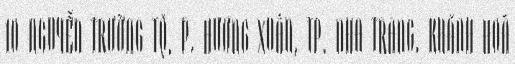
10 NGUYỄN TRƯỜNG TỘ, P. HƯƠNG XUÂN, TP. NHA TRANG, KHÁNH HOÀ